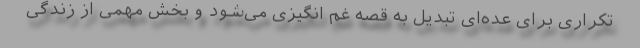
تکراری برای عده‌ای تبدیل به قصه غم انگیزی می‌شود و بخش مهمی از زندگی